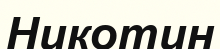
Никотин